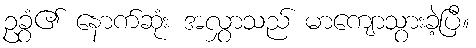
ဥခွံ၏ နောက်ဆုံး အလွှာသည် မာကျောသွားခဲ့ပြီ။